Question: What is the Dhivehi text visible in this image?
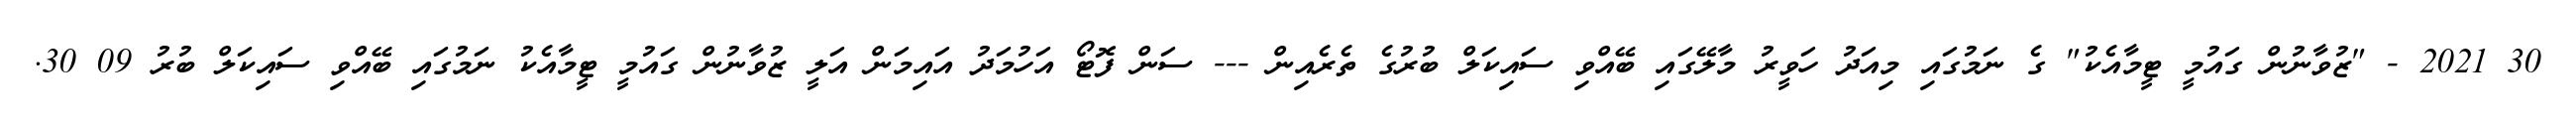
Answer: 30 2021 - "ޒުވާނުން ގައުމީ ޓީމާއެކު" ގެ ނަމުގައި މިއަދު ހަވީރު މާލޭގައި ބޭއްވި ސައިކަލް ބުރުގެ ތެރެއިން --- ސަން ފޮޓޯ އަހުމަދު އައިމަން އަލީ ޒުވާނުން ގައުމީ ޓީމާއެކު ނަމުގައި ބޭއްވި ސައިކަލް ބުރު 09 30.